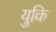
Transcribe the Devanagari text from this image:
युकि